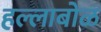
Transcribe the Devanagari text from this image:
हल्लाबोळ